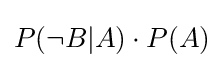
P(\neg B|A)\cdot P(A)